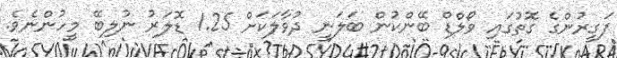
ފަގީރުންގެ ގޮތުގައި ވޯލްޑް ބޭންކުން ބަލަނީ ދުވާލަކަށް 1.25 ޑޮލަރު ނުލިބޭ މީހުންނެވެ.